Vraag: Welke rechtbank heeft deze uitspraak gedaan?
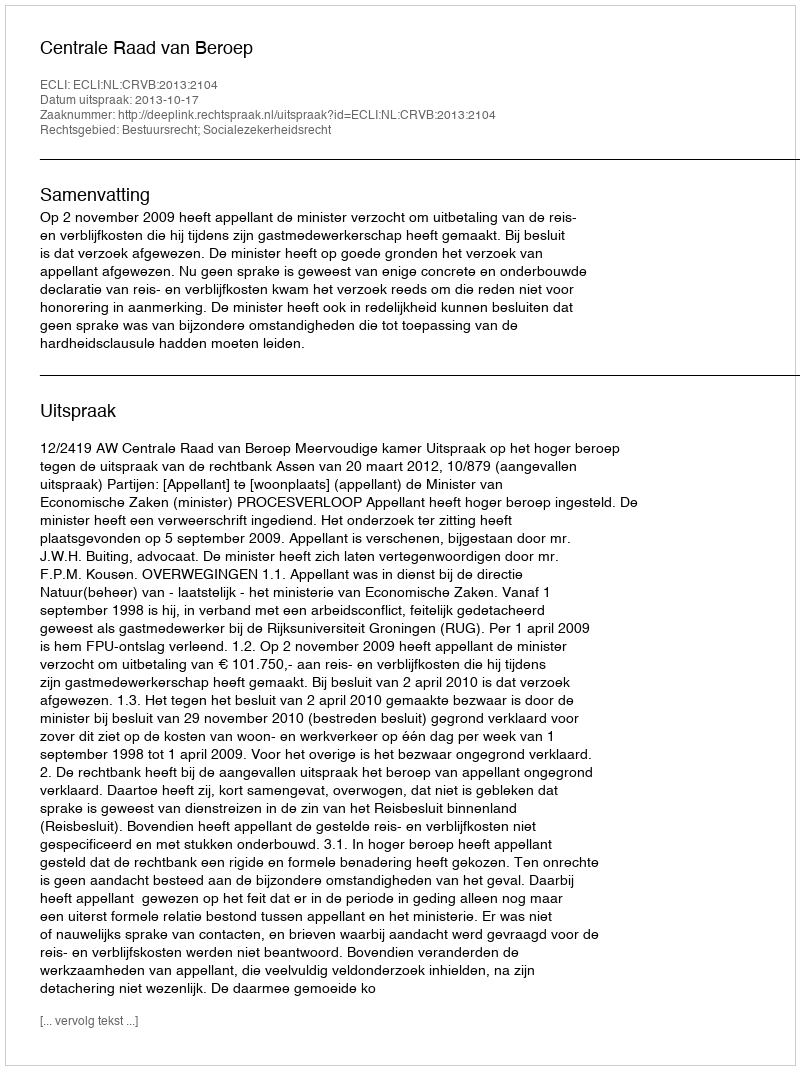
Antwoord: Centrale Raad van Beroep